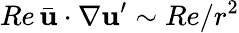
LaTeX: Re\, \bar{\mathbf{u}}\cdot\nabla\mathbf{u}^{\prime}\sim Re/r^{2}